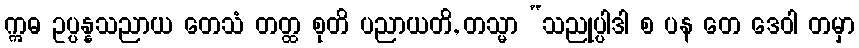
ဣဓ ဥပ္ပန္နသညာယ တေသံ တတ္ထ စုတိ ပညာယတိ, တသ္မာ “သညုပ္ပါဒါ စ ပန တေ ဒေဝါ တမှာ